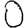
Digit: 0